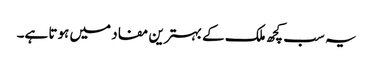
یہ سب کچھ ملک کے بہترین مفاد میں ہوتا ہے۔